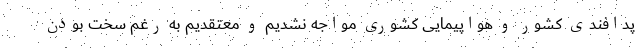
پدافندی کشور و هواپیمایی کشوری مواجه نشدیم و معتقدیم به رغم سخت بودن